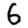
Digit: 6